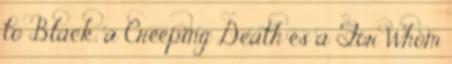
to Black, a Creeping Death és a For Whom